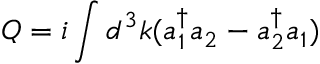
Q = i \int d ^ { 3 } k ( a _ { 1 } ^ { \dag } a _ { 2 } - a _ { 2 } ^ { \dag } a _ { 1 } )